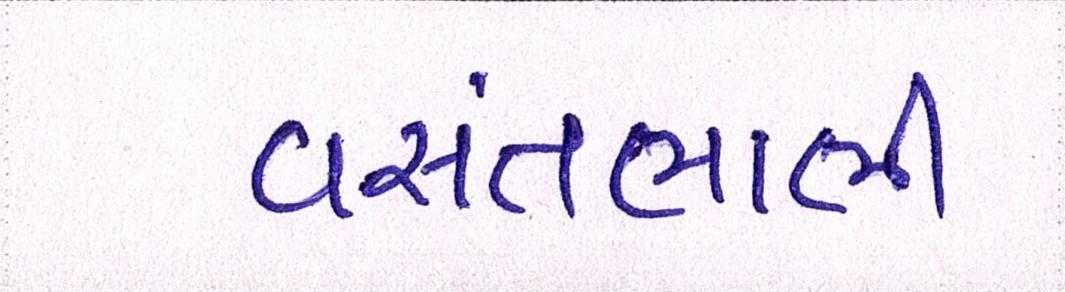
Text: વસંતભાભી